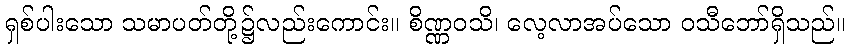
ရှစ်ပါးသော သမာပတ်တို့၌လည်းကောင်း။ စိဏ္ဏဝသိ၊ လေ့လာအပ်သော ဝသီဘော်ရှိသည်။